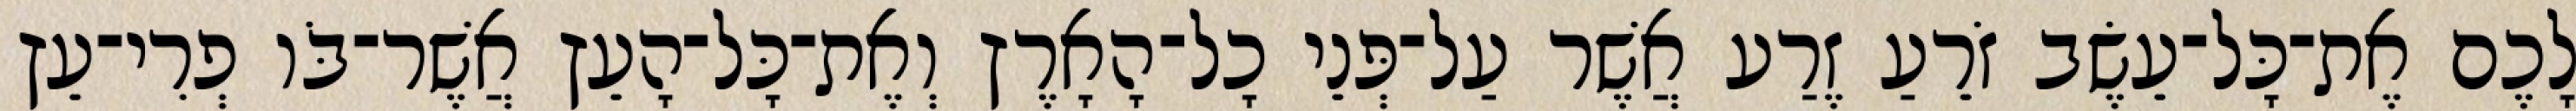
לָכֶם אֶת־כָּל־עֵשֶׂב זֹרֵעַ זֶרַע אֲשֶׁר עַל־פְּנֵי כָל־הָאָרֶץ וְאֶת־כָּל־הָעֵץ אֲשֶׁר־בֹּו פְרִי־עֵץ